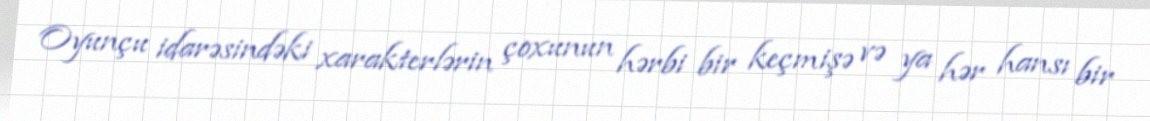
Oyunçu idarəsindəki xarakterlərin çoxunun hərbi bir keçmişə və ya hər hansı bir